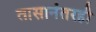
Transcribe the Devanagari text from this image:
तासानंतरही